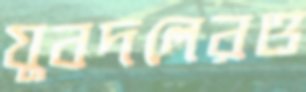
যুবদলেরও